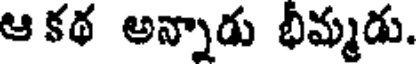
ఆ కథ అన్నాడు భీమ్మడు.